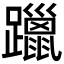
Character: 躐